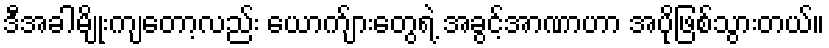
ဒီအခါမျိုးကျတော့လည်း ယောက်ျားတွေရဲ့ အခွင့်အာဏာဟာ အပိုဖြစ်သွားတယ်။